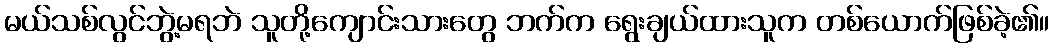
မယ်သစ်လွင်ဘွဲ့မရဘဲ သူတို့ကျောင်းသားတွေ ဘက်က ရွေးချယ်ထားသူက တစ်ယောက်ဖြစ်ခဲ့၏။